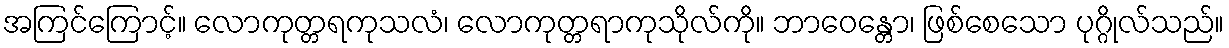
အကြင်ကြောင့်။ လောကုတ္တရကုသလံ၊ လောကုတ္တရာကုသိုလ်ကို။ ဘာဝေန္တော၊ ဖြစ်စေသော ပုဂ္ဂိုလ်သည်။